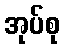
အုပ်စု